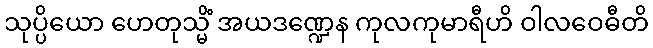
သုပ္ပိယော ဟေတုသ္မိံ အယဒဏ္ဍေန ကုလကုမာရီဟိ ဝါလဝေဓီတိ